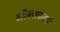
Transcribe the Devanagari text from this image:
वॉलफ्लावर्स